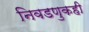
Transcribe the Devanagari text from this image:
निवडणुकही